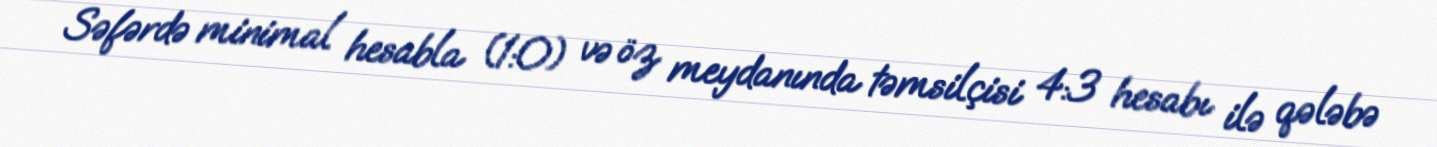
Səfərdə minimal hesabla (1:0) və öz meydanında təmsilçisi 4:3 hesabı ilə qələbə